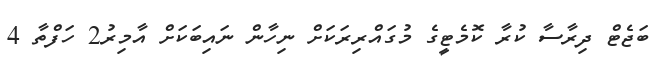
ބަޖެޓް ދިރާސާ ކުރާ ކޮމެޓީގެ މުގައްރިރަކަށް ނިހާން ނައިބަކަށް އާމިރު2 ހަފްތާ 4